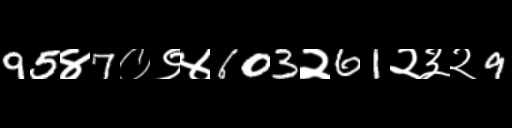
Text: 95४7०९४603२61२३२9